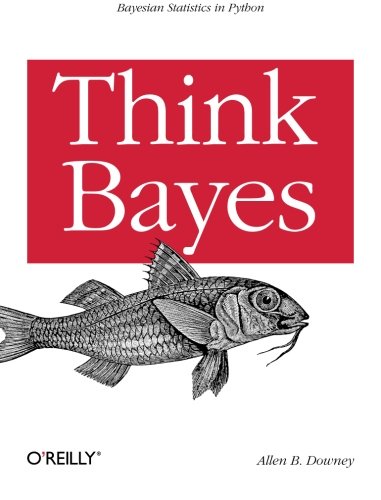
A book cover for Think Bayes; Allen B. Downey; Computers & Technology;